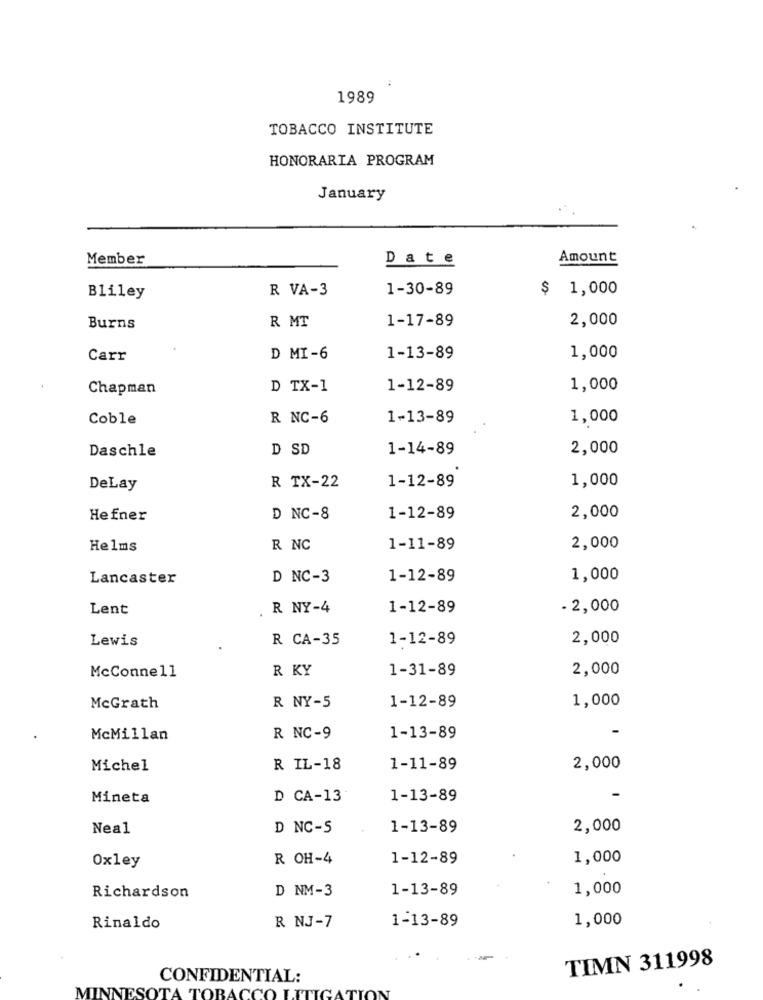
1989
TOBACCO INSTITUTE
HONORARIA PROGRAM
January
Member
Date
Amount
R VA-3
1-30-89
$ 1,000
Bliley
2,000
Burns
R MT
1-17-89
Carr
D MI-6
1-13-89
1,000
Chapman
D TX-1
1-12-89
1,000
Coble
R NC-6
1-13-89
1,000
Daschle
D SD
1-14-89
2,000
1,000
DeLay
R TX-22
1-12-89
Hefner
D NC-8
1-12-89
2,000
Helms
R NC
1-11-89
2,000
Lancaster
D NC-3
1-12-89
1,000
Lent
R NY-4
1-12-89
- 2,000
Lewis
R CA-35
1-12-89
2,000
McConnell
R KY
1-31-89
2,000
1,000
McGrath
R NY-5
1-12-89
McMillan
R NC-9
1-13-89
Michel
R IL-18
1-11-89
2,000
Mineta
D CA-13
1-13-89
Nea1
D NC-5
1-13-89
2,000
R OH-4
1-12-89
1,000
0xley
1-13-89
1,000
Richardson
D NM-3
1-13-89
1,000
Rinaldo
R NJ-7
TIMN 311998
CONFIDENTIAL:
MINNESOTA TOBACCO LITIGATION